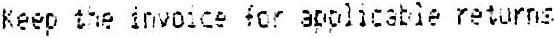
KEEP THE INVOICE FOR APPLICABLE RETURNS